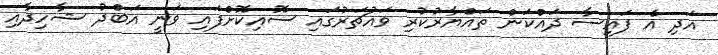
އަދި އެ ފައިސާ ދައްކަން ތައްޔާރުކުރި ވައުޗަރުގައި ސޮއިކޮށްފައި ވަނީ އަބްދު ޝާހިދާއި